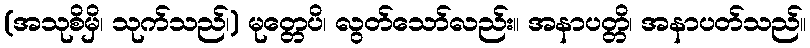
(အသုစိမှိ၊ သုက်သည်၊) မုတ္တေပိ၊ လွတ်သော်လည်း။ အနာပတ္တိ၊ အနာပတ်သည်။